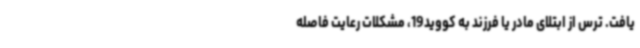
یافت. ترس از ابتلای مادر یا فرزند به کووید19، مشکلات رعایت فاصله